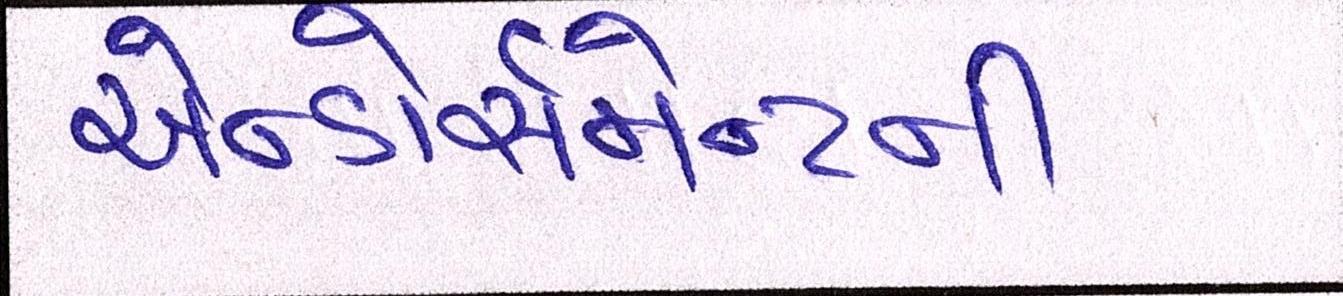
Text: એન્ડોર્સમેન્ટની